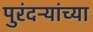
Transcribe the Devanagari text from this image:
पुरंदऱ्यांच्या